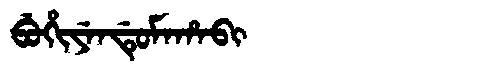
Manchu: ᠪᡠᡥᡳᠶᡝᠨᡩᡠᠮᠠᡥᠠᠪᡳ
Romanization: BUHIYENDUMAHABI